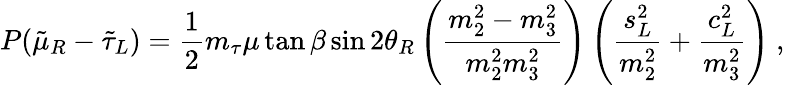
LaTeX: P(\tilde{\mu}_{R}-\tilde{\tau}_{L})=\frac{1}{2}m_{\tau}\mu\tan\beta\sin 2\theta_{R}\left(\frac{m_{2}^{2}-m_{3}^{2}}{m_{2}^{2}m_{3}^{2}}\right)\left(\frac{s_{L}^{2}}{m_{2}^{2}}+\frac{c_{L}^{2}}{m_{3}^{2}}\right)\ ,